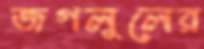
জগলুলের